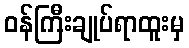
ဝန်ကြီးချုပ်ရာထူးမှ